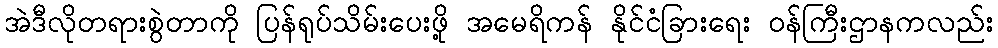
အဲဒီလိုတရားစွဲတာကို ပြန်ရုပ်သိမ်းပေးဖို့ အမေရိကန် နိုင်ငံခြားရေး ဝန်ကြီးဌာနကလည်း